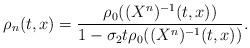
LaTeX: \begin{align*}\rho_n(t, x) = \frac{\rho_0((X^n)^{-1}(t, x))}{1-\sigma_2t\rho_0((X^n)^{-1}(t, x))}.\end{align*}